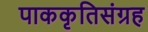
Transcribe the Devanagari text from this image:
पाककृतिसंग्रह